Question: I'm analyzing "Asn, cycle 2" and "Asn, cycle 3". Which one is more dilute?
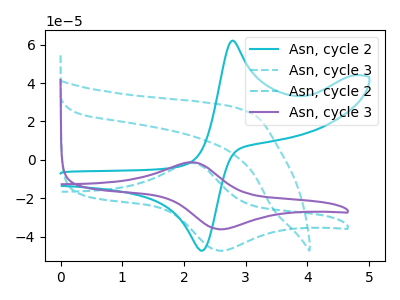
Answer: <think>The cyan curve "Asn, cycle 2" has an anodic peak at (2.80V, 62.10uA) and a cathodic peak at (2.25V, -47.25uA). The cyan dashed curve "Asn, cycle 3" has no peaks. The cyan dashed curve "Asn, cycle 2" has an anodic peak at (2.10V, -1.60uA) and a cathodic peak at (2.60V, -47.30uA). The purple curve "Asn, cycle 3" has an anodic peak at (2.10V, -1.25uA) and a cathodic peak at (2.60V, -36.15uA).
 All the peaks in "Asn, cycle 2" have a peak in "Asn, cycle 3" at the same potential.</think>
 <answer>I cant tell if "Asn, cycle 2" or "Asn, cycle 3" has higher concentration.</answer>
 <eval>mixed_concentration</eval>